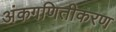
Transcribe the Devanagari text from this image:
अंकगणितीकरण